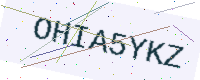
Text: OHIA5YKZ